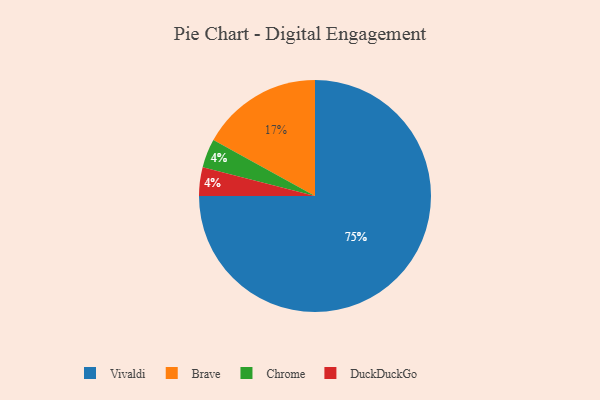
{"axis": {"x": "Category", "y": "Percentage"}, "legend": ["Brave", "Chrome", "DuckDuckGo", "Vivaldi"], "data": [{"x": "Chrome", "y": 4, "type": "Chrome"}, {"x": "Vivaldi", "y": 75, "type": "Vivaldi"}, {"x": "DuckDuckGo", "y": 4, "type": "DuckDuckGo"}, {"x": "Brave", "y": 17, "type": "Brave"}]}